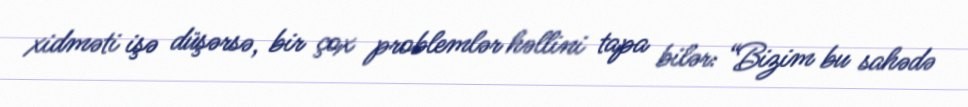
xidməti işə düşərsə, bir çox problemlər həllini tapa bilər: “Bizim bu sahədə